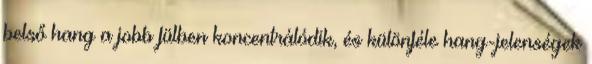
belső hang a jobb fülben koncentrálódik, és különféle hang-jelenségek